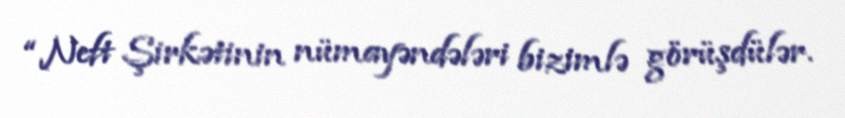
“Neft Şirkətinin nümayəndələri bizimlə görüşdülər.